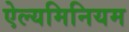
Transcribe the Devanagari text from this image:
ऐल्यमिनियम